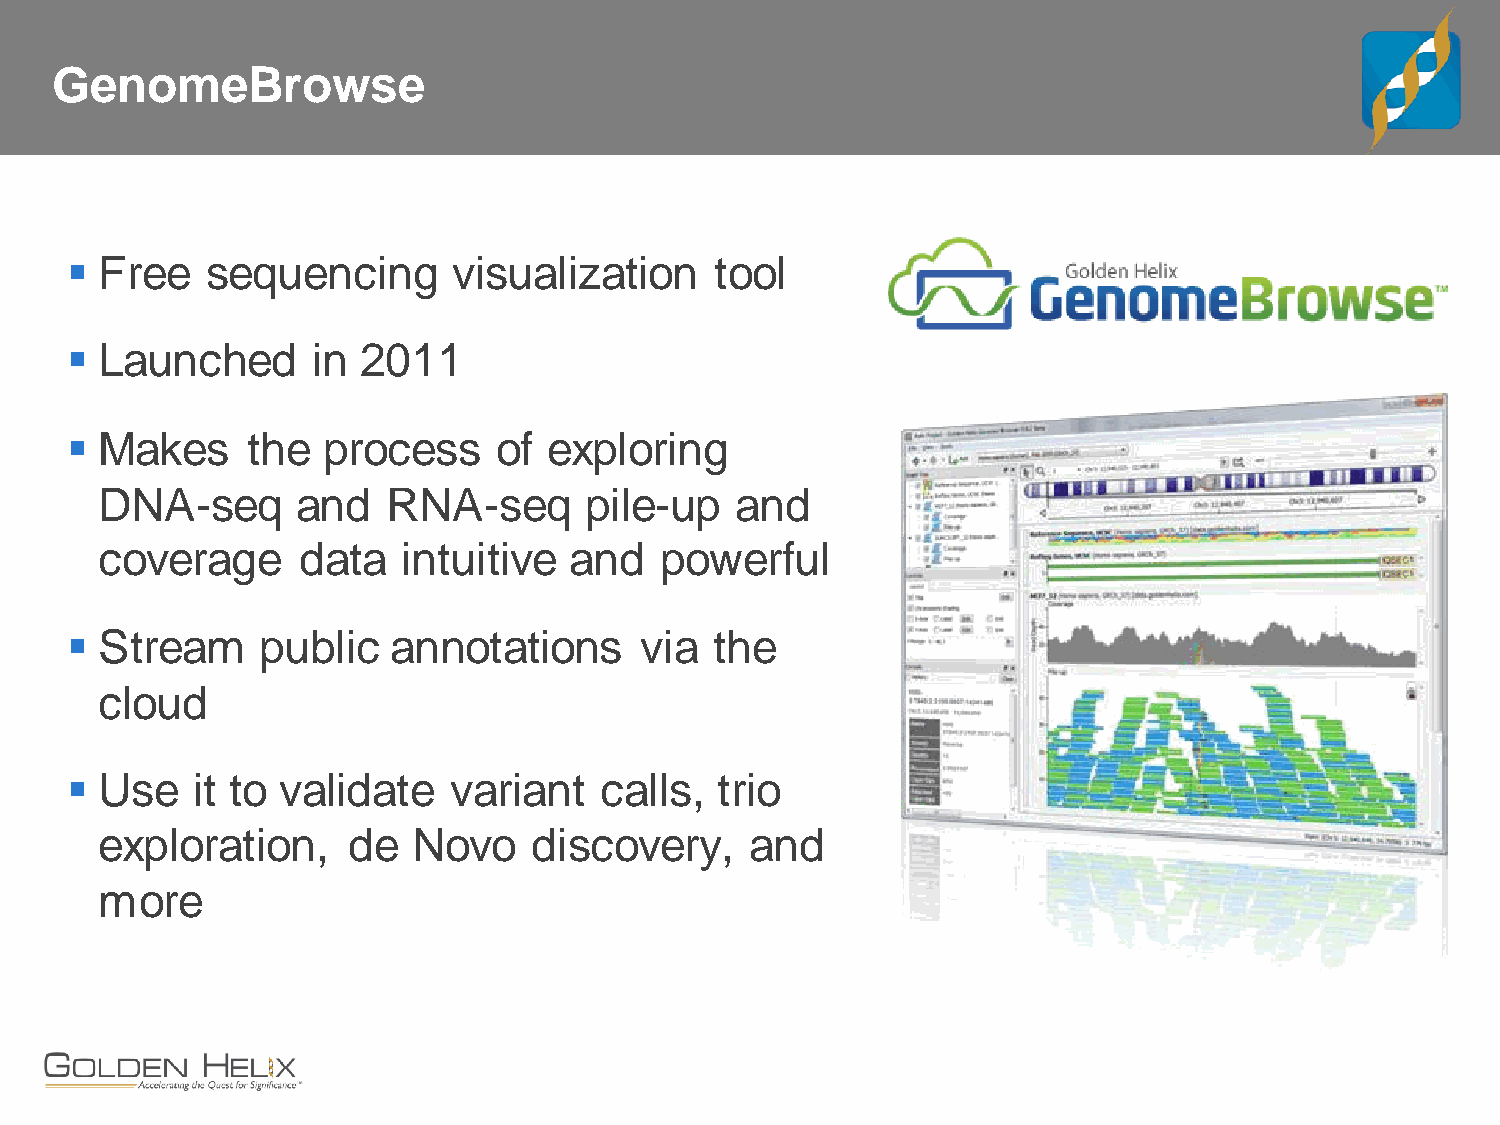
GenomeBrowse
  Free    sequencing      visualization    tool
  Launched       in 2011
  Makes     the  process     of exploring
 DNA-seq       and   RNA-seq      pile-up   and
 coverage      data   intuitive  and   powerful
  Stream     public   annotations     via  the
 cloud
  Use    it to validate   variant   calls, trio
 exploration,     de  Novo    discovery,     and
 more